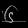
Digit: ၆